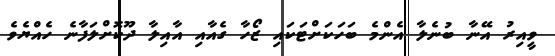
ވީއިރު އޭނާ ބުނެލާ އެންމެ ބަހަކަށްޓަކައި ޒޯހާ ގެއާއި އާއިލާ ދޫކޮށްލަފާނެ ހެއްޔެވެ